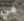
هي